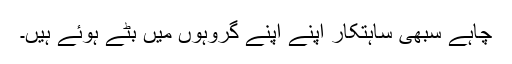
چاہے سبھی ساہتکار اپنے اپنے گروہوں میں بٹے ہُوئے ہیں۔